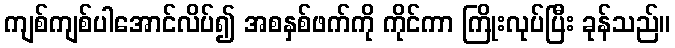
ကျစ်ကျစ်ပါအောင်လိပ်၍ အစနှစ်ဖက်ကို ကိုင်ကာ ကြိုးလုပ်ပြီး ခုန်သည်။